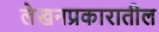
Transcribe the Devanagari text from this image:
लेखनप्रकारातील